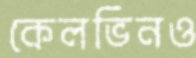
কেলভিনও